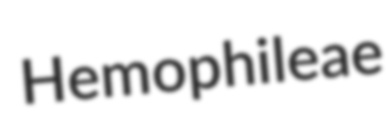
Hemophileae